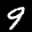
Label: 9